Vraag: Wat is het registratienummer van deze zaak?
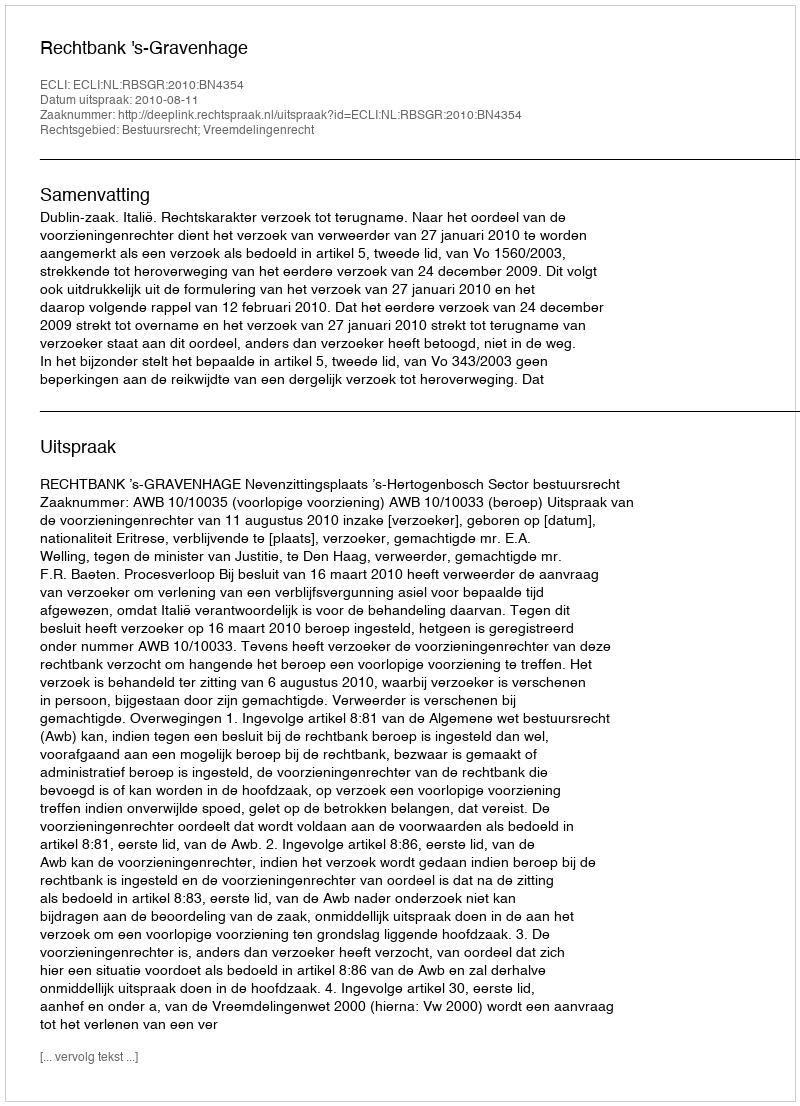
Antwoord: http://deeplink.rechtspraak.nl/uitspraak?id=ECLI:NL:RBSGR:2010:BN4354